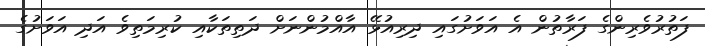
ފަތުރުވެރިންގެ ފަރާތުން އެ އަވަށުގައި ދިރިއުޅޭ އާއްމުންނަށް ދަތިތަކާއި ކުރިމަތިވެ އަދި އަވަށުގެ